Insane asylums Bombay 1873-77 - 1873-1877
Year: 1873
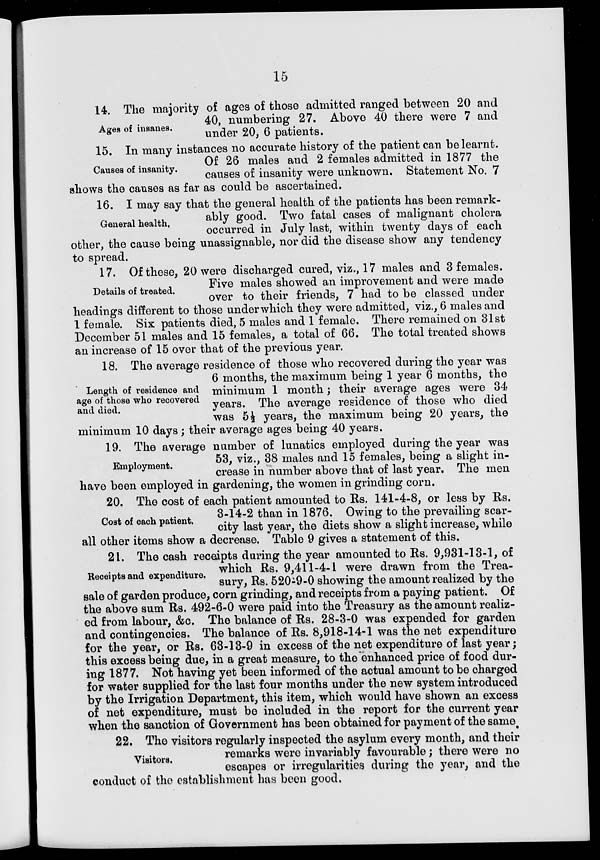
15
Ages of insanes.
14. The majority of ages of those admitted ranged between 20 and
40, numbering 27. Above 40 there were 7 and
under 20, 6 patients.
Causes of insanity.
15. In many instances no accurate history of the patient can be learnt.
Of 26 males and 2 females admitted in 1877 the
causes of insanity were unknown. Statement No. 7
General health.
shows the causes as far as could be ascertained.
16. I may say that the general health of the patients has been remark-
ably good. Two fatal cases of malignant cholera
occurred in July last, within twenty days of each
other, the cause being unassignable, nor did the disease show any tendency
to spread.
Details of treated.
17. Of these, 20 were discharged cured, viz., 17 males and 3 females.
Five males showed an improvement and were made
over to their friends, 7 had to be classed under
headings different to those under which they were admitted, viz., 6 males and
1 female. Six patients died, 5 males and 1 female. There remained on 31st
December 51 males and 15 females, a total of 66. The total treated shows
an increase of 15 over that of the previous year.
Length of residence and
age of those who recovered
and died.
18. The average residence of those who recovered during the year was
6 months, the maximum being 1 year 6 months, the
minimum 1 month ; their average ages were 34
years. The average residence of those who died
was 51/2 years, the maximum being 20 years, the
minimum 10 days; their average ages being 40 years.
Employment.
19. The average number of lunatics employed during the year was
53, viz., 38 males and 15 females, being a slight in-
crease in number above that of last year. The men
have been employed in gardening, the women in grinding corn.
Cost of each patient.
20. The cost of each patient amounted to Rs. 141-4-8, or less by Rs.
3-14-2 than in 1876. Owing to the prevailing scar-
city last year, the diets show a slight increase, while
all other items show a decrease. Table 9 gives a statement of this.
Receipts and expenditure.
21. The cash receipts during the year amounted to Rs. 9,931-13-1, of
which Rs. 9,411-4-1 were drawn from the Trea-
sury, Rs. 520-9-0 showing the amount realized by the
sale of garden produce, corn grinding, and receipts from a paying patient. Of
the above sum Rs. 492-6-0 were paid into the Treasury as the amount realiz-
ed from labour, &c. The balance of Rs. 28-3-0 was expended for garden
and contingencies. The balance of Rs. 8,918-14-1 was the net expenditure
for the year, or Rs. 63-13-9 in excess of the net expenditure of last year;
this excess being due, in a great measure, to the enhanced price of food dur-
ing 1877. Not having yet been informed of the actual amount to be charged
for water supplied for the last four months under the new system introduced
by the Irrigation Department, this item, which would have shown an excess
of net expenditure, must be included in the report for the current year
when the sanction of Government has been obtained for payment of the same
Visitors.
22. The visitors regularly inspected the asylum every month, and their
remarks were invariably favourable ; there were no
escapes or irregularities during the year, and the
conduct of the establishment has been good.